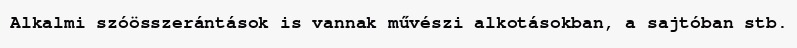
Alkalmi szóösszerántások is vannak művészi alkotásokban, a sajtóban stb.